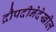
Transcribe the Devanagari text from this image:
द्रौपदीनेदेखील